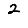
Digit: 2